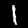
Label: 1